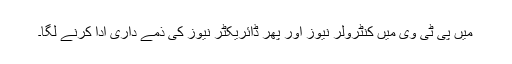
میں پی ٹی وی میں کنٹرولر نیوز اور پھر ڈائریکٹر نیوز کی ذمے داری ادا کرنے لگا۔